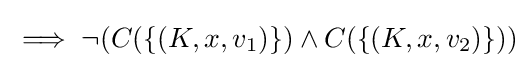
\implies \neg (C(\{(K,x,v_{1})\})\land C(\{(K,x,v_{2})\}))